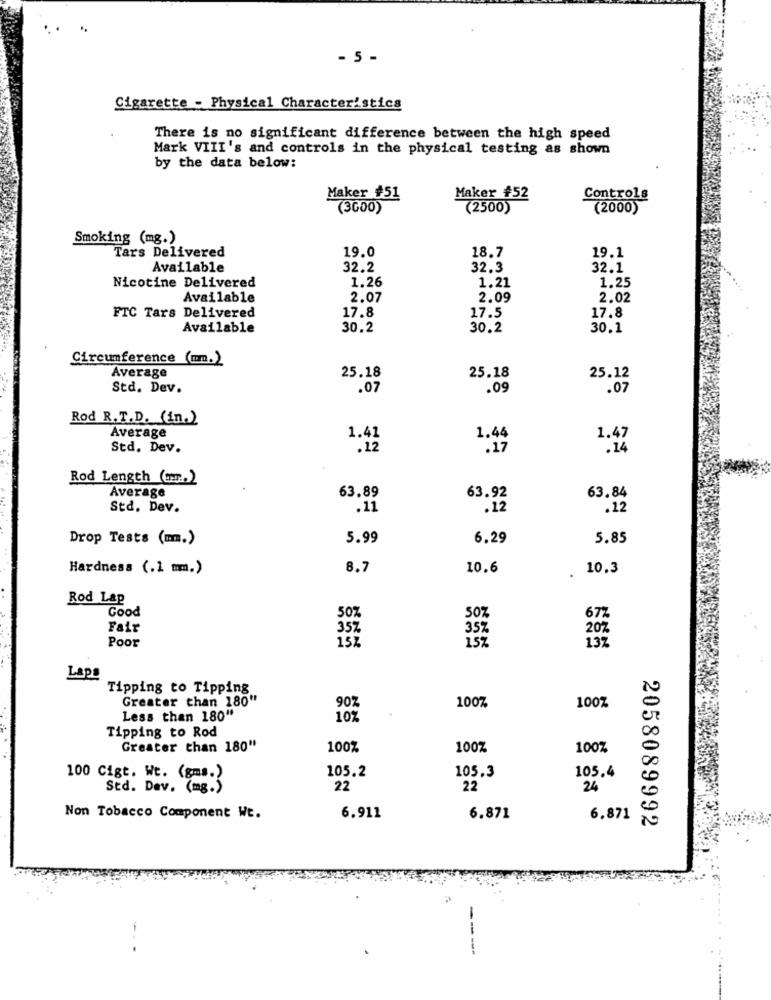
- 5 -
Cigarette - Physical Characteristics
There is no significant difference between the high speed
Mark VIII's and controls in the physical testing as shown
by the data below:
Maker #51
Maker £52
Controls
(3000)
(2500)
(2000)
Smoking (mg.)
Tars Delivered
19.0
18.7
19.1
Available
32.2
32.3
32.1
Nicotine Delivered
1.26
1.21
1.25
Available
2.07
2.09
2.02
17.5
17.8
FTC Tars Delivered
17.8
Available
30.2
30.2
30.1
Circumference (mm.)
25.18
25.18
25.12
Average
Std. Dev.
.07
.09
.07
Rod R.T.D. (En.)
Average
1.41
1.44
1.47
Std. Dev.
.17
Rod Length (or)
Average
63.89
63.92
63.84
Std. Dev.
.11
.12
.12
Drop Tests (mm.)
5.99
6.29
5.85
Hardness (.1 mm.)
8.7
10.6
10.3
Rod Lap
Good
50%
50%
67%
Fair
20%
Poor
35%
137
Laps
Tipping to Tipping
Greater than 180"
100%
90%
100%
Less than 180"
102
Tipping to Rod
Greater than 180"
100%
100%
100%
105.2
100 Cigt. Wt. (gms.)
105,3
105.4
Std. Dev. (mg.)
22
22
24
Non Tobacco Component Wt.
6.911
6.871
6.871
2058089992
-. -